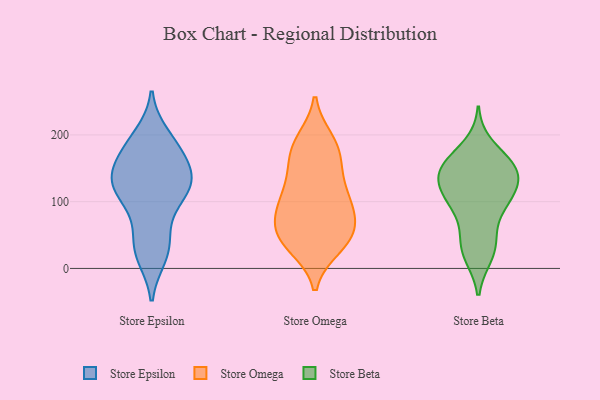
{"axis": {"x": "Active Users", "y": "Value"}, "legend": ["Store Beta", "Store Epsilon", "Store Omega"], "data": [{"x": "", "y": 101, "type": "Store Epsilon"}, {"x": "", "y": 113, "type": "Store Epsilon"}, {"x": "", "y": 141, "type": "Store Epsilon"}, {"x": "", "y": 20, "type": "Store Epsilon"}, {"x": "", "y": 42, "type": "Store Epsilon"}, {"x": "", "y": 171, "type": "Store Epsilon"}, {"x": "", "y": 194, "type": "Store Epsilon"}, {"x": "", "y": 64, "type": "Store Epsilon"}, {"x": "", "y": 199, "type": "Store Epsilon"}, {"x": "", "y": 123, "type": "Store Epsilon"}, {"x": "", "y": 112, "type": "Store Epsilon"}, {"x": "", "y": 129, "type": "Store Epsilon"}, {"x": "", "y": 178, "type": "Store Epsilon"}, {"x": "", "y": 142, "type": "Store Epsilon"}, {"x": "", "y": 150, "type": "Store Epsilon"}, {"x": "", "y": 177, "type": "Store Epsilon"}, {"x": "", "y": 18, "type": "Store Epsilon"}, {"x": "", "y": 133, "type": "Store Epsilon"}, {"x": "", "y": 119, "type": "Store Epsilon"}, {"x": "", "y": 31, "type": "Store Epsilon"}, {"x": "", "y": 156, "type": "Store Omega"}, {"x": "", "y": 61, "type": "Store Omega"}, {"x": "", "y": 121, "type": "Store Omega"}, {"x": "", "y": 84, "type": "Store Omega"}, {"x": "", "y": 192, "type": "Store Omega"}, {"x": "", "y": 46, "type": "Store Omega"}, {"x": "", "y": 93, "type": "Store Omega"}, {"x": "", "y": 43, "type": "Store Omega"}, {"x": "", "y": 188, "type": "Store Omega"}, {"x": "", "y": 93, "type": "Store Omega"}, {"x": "", "y": 183, "type": "Store Omega"}, {"x": "", "y": 50, "type": "Store Omega"}, {"x": "", "y": 93, "type": "Store Omega"}, {"x": "", "y": 139, "type": "Store Omega"}, {"x": "", "y": 33, "type": "Store Omega"}, {"x": "", "y": 113, "type": "Store Omega"}, {"x": "", "y": 167, "type": "Store Omega"}, {"x": "", "y": 32, "type": "Store Omega"}, {"x": "", "y": 61, "type": "Store Omega"}, {"x": "", "y": 109, "type": "Store Beta"}, {"x": "", "y": 20, "type": "Store Beta"}, {"x": "", "y": 95, "type": "Store Beta"}, {"x": "", "y": 108, "type": "Store Beta"}, {"x": "", "y": 43, "type": "Store Beta"}, {"x": "", "y": 22, "type": "Store Beta"}, {"x": "", "y": 153, "type": "Store Beta"}, {"x": "", "y": 145, "type": "Store Beta"}, {"x": "", "y": 115, "type": "Store Beta"}, {"x": "", "y": 154, "type": "Store Beta"}, {"x": "", "y": 156, "type": "Store Beta"}, {"x": "", "y": 136, "type": "Store Beta"}, {"x": "", "y": 81, "type": "Store Beta"}, {"x": "", "y": 38, "type": "Store Beta"}, {"x": "", "y": 150, "type": "Store Beta"}, {"x": "", "y": 183, "type": "Store Beta"}, {"x": "", "y": 111, "type": "Store Beta"}, {"x": "", "y": 146, "type": "Store Beta"}]}